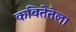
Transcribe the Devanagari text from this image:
कवितेतेला